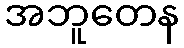
အဘူတေန